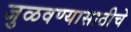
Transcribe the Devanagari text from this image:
जुळवण्यासाठीचे